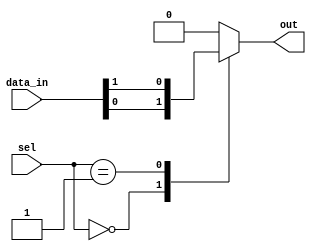
module mux_1024to1 (
    input [1023:0] data_in,
    input [9:0] sel,
    output reg out
);

always @*
begin
    case(sel)
        10'd0: out = data_in[0];
        10'd1: out = data_in[1];
        // continue for all 1024 cases
        //...
        default: out = 32'b0; // default output is 0
    endcase
end

endmodule